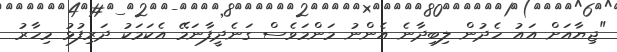
"ޖިޔާއަށް އައު ހެދުން ލިބިދާނެ އެންނު މަންމަވެސް ގަނެދީފާނަމޭ އެކަމަކު ދަރިފުޅު މިހާރު